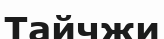
Тайчжи